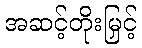
အဆင့်တိုးမြှင့်